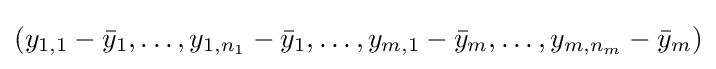
(y_{1,1}-{\bar {y}}_{1},\dots ,y_{1,n_{1}}-{\bar {y}}_{1},\dots ,y_{m,1}-{\bar {y}}_{m},\dots ,y_{m,n_{m}}-{\bar {y}}_{m})